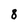
Character: 8